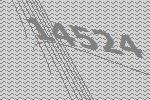
14524